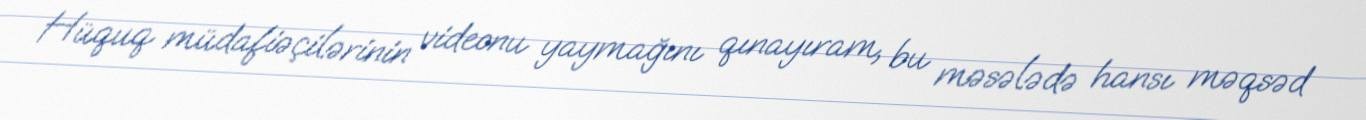
Hüquq müdafiəçilərinin videonu yaymağını qınayıram, bu məsələdə hansı məqsəd